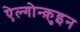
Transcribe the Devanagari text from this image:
ऐल्गोन्क़ुइन